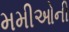
મમીઓની